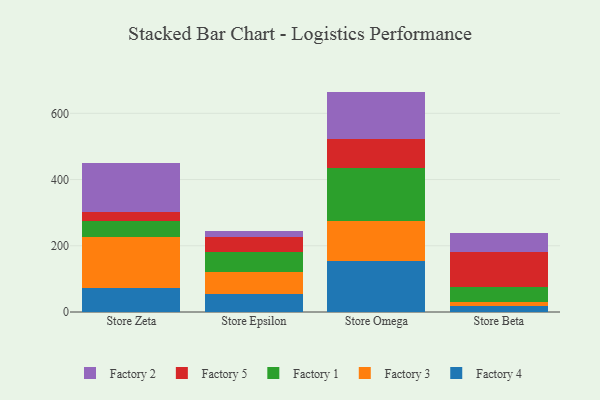
{"axis": {"x": "Store", "y": "Active Users"}, "legend": ["Factory 1", "Factory 2", "Factory 3", "Factory 4", "Factory 5"], "data": [{"x": "Store Zeta", "y": 71.0, "type": "Factory 4"}, {"x": "Store Zeta", "y": 156.6, "type": "Factory 3"}, {"x": "Store Zeta", "y": 45.8, "type": "Factory 1"}, {"x": "Store Zeta", "y": 28.0, "type": "Factory 5"}, {"x": "Store Zeta", "y": 148.2, "type": "Factory 2"}, {"x": "Store Epsilon", "y": 52.9, "type": "Factory 4"}, {"x": "Store Epsilon", "y": 69.0, "type": "Factory 3"}, {"x": "Store Epsilon", "y": 58.0, "type": "Factory 1"}, {"x": "Store Epsilon", "y": 47.2, "type": "Factory 5"}, {"x": "Store Epsilon", "y": 17.7, "type": "Factory 2"}, {"x": "Store Omega", "y": 155.2, "type": "Factory 4"}, {"x": "Store Omega", "y": 121.1, "type": "Factory 3"}, {"x": "Store Omega", "y": 159.6, "type": "Factory 1"}, {"x": "Store Omega", "y": 86.7, "type": "Factory 5"}, {"x": "Store Omega", "y": 143.0, "type": "Factory 2"}, {"x": "Store Beta", "y": 18.9, "type": "Factory 4"}, {"x": "Store Beta", "y": 11.8, "type": "Factory 3"}, {"x": "Store Beta", "y": 45.5, "type": "Factory 1"}, {"x": "Store Beta", "y": 103.6, "type": "Factory 5"}, {"x": "Store Beta", "y": 59.3, "type": "Factory 2"}]}